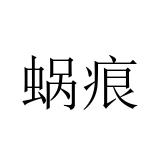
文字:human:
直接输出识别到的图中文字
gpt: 蜗痕